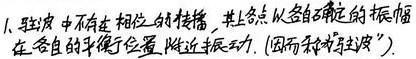
1. 驻波中不存在相位的传播，其上各点以各自确定的振幅在各自的平衡位置附近振动. (因而称为驻波).